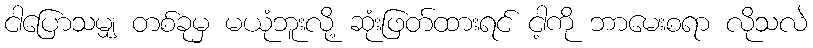
ငါပြောသမျှ တစ်ခုမှ မယုံဘူးလို့ ဆုံးဖြတ်ထားရင် ငါ့ကို ဘာမေးစရာ လိုသလဲ